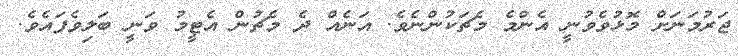
ޖަރުމަނަށް މޮޅުވެވުނީ އެންމެ މެޗަކުންނެވެ. އަނެއް ދެ މެޗުން އެޓީމު ވަނީ ބަލިވެފައެވެ.